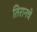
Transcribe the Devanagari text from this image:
तिरानचे